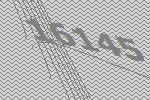
16145